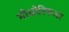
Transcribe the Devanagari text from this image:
मीसोस्फिअर